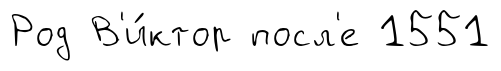
Род В'и́ктор посл'е 1551